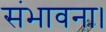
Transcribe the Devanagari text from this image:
संभावना।